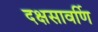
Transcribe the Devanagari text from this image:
दक्षसावर्णि